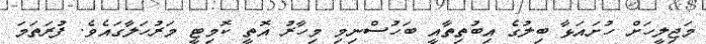
މަޖިލީހަށް ހުށައަޅާ ބިލުގެ އިބުތިތާއީ ބަހުސްނިމި މިހާރު އޮތީ ކޮމިޓީ މަރުހަލާގައެވެ. ފުރަތަމަ